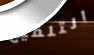
التلقيح